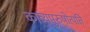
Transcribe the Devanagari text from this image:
काव्यपुरुषोत्पत्ति